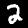
Digit: 2